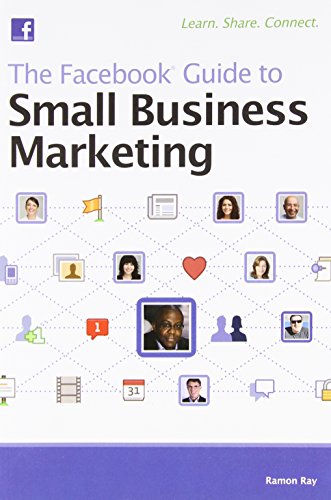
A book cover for The Facebook Guide to Small Business Marketing; Ramon Ray; Computers & Technology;